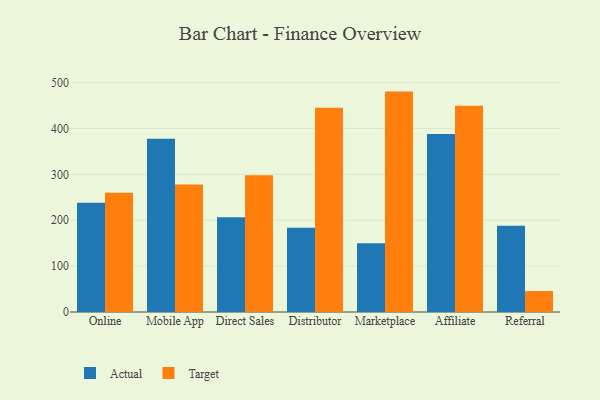
{"axis": {"x": "Channel", "y": "Shipments"}, "legend": ["Actual", "Target"], "data": [{"x": "Online", "y": 238.0, "type": "Actual"}, {"x": "Online", "y": 260.0, "type": "Target"}, {"x": "Mobile App", "y": 377.7, "type": "Actual"}, {"x": "Mobile App", "y": 278.0, "type": "Target"}, {"x": "Direct Sales", "y": 206.5, "type": "Actual"}, {"x": "Direct Sales", "y": 298.0, "type": "Target"}, {"x": "Distributor", "y": 183.9, "type": "Actual"}, {"x": "Distributor", "y": 445.5, "type": "Target"}, {"x": "Marketplace", "y": 149.9, "type": "Actual"}, {"x": "Marketplace", "y": 480.5, "type": "Target"}, {"x": "Affiliate", "y": 388.3, "type": "Actual"}, {"x": "Affiliate", "y": 449.8, "type": "Target"}, {"x": "Referral", "y": 188.1, "type": "Actual"}, {"x": "Referral", "y": 45.7, "type": "Target"}]}